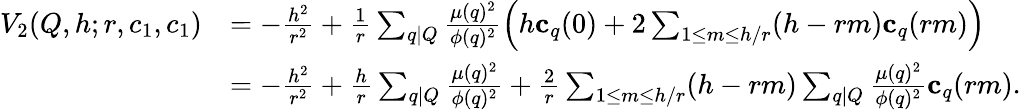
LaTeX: \begin{array}{rl}{V_{2}(Q,h;r,c_{1},c_{1})}&{=-\frac{h^{2}}{r^{2}}+\frac 1r\sum_{q|Q}\frac{\mu(q)^{2}}{\phi(q)^{2}}\left(h\mathbf c_{q}(0)+2\sum_{1\le m\le h/r}(h-rm)\mathbf c_{q}(rm)\right)}\\ &{=-\frac{h^{2}}{r^{2}}+\frac hr\sum_{q|Q}\frac{\mu(q)^{2}}{\phi(q)^{2}}+\frac 2r\sum_{1\le m\le h/r}(h-rm)\sum_{q|Q}\frac{\mu(q)^{2}}{\phi(q)^{2}}\mathbf c_{q}(rm).}\end{array}